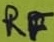
Text: RF